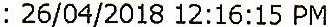
: 26/04/2018 12:16:15 PM